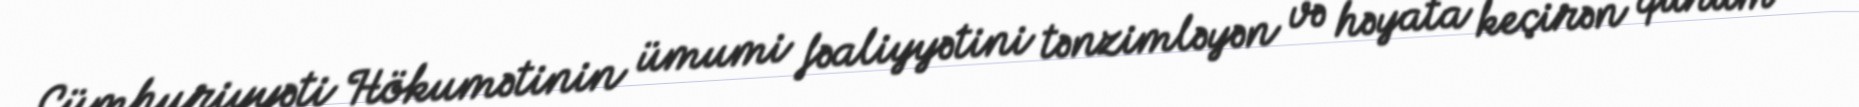
Cümhuriyyəti Hökumətinin ümumi fəaliyyətini tənzimləyən və həyata keçirən qurum